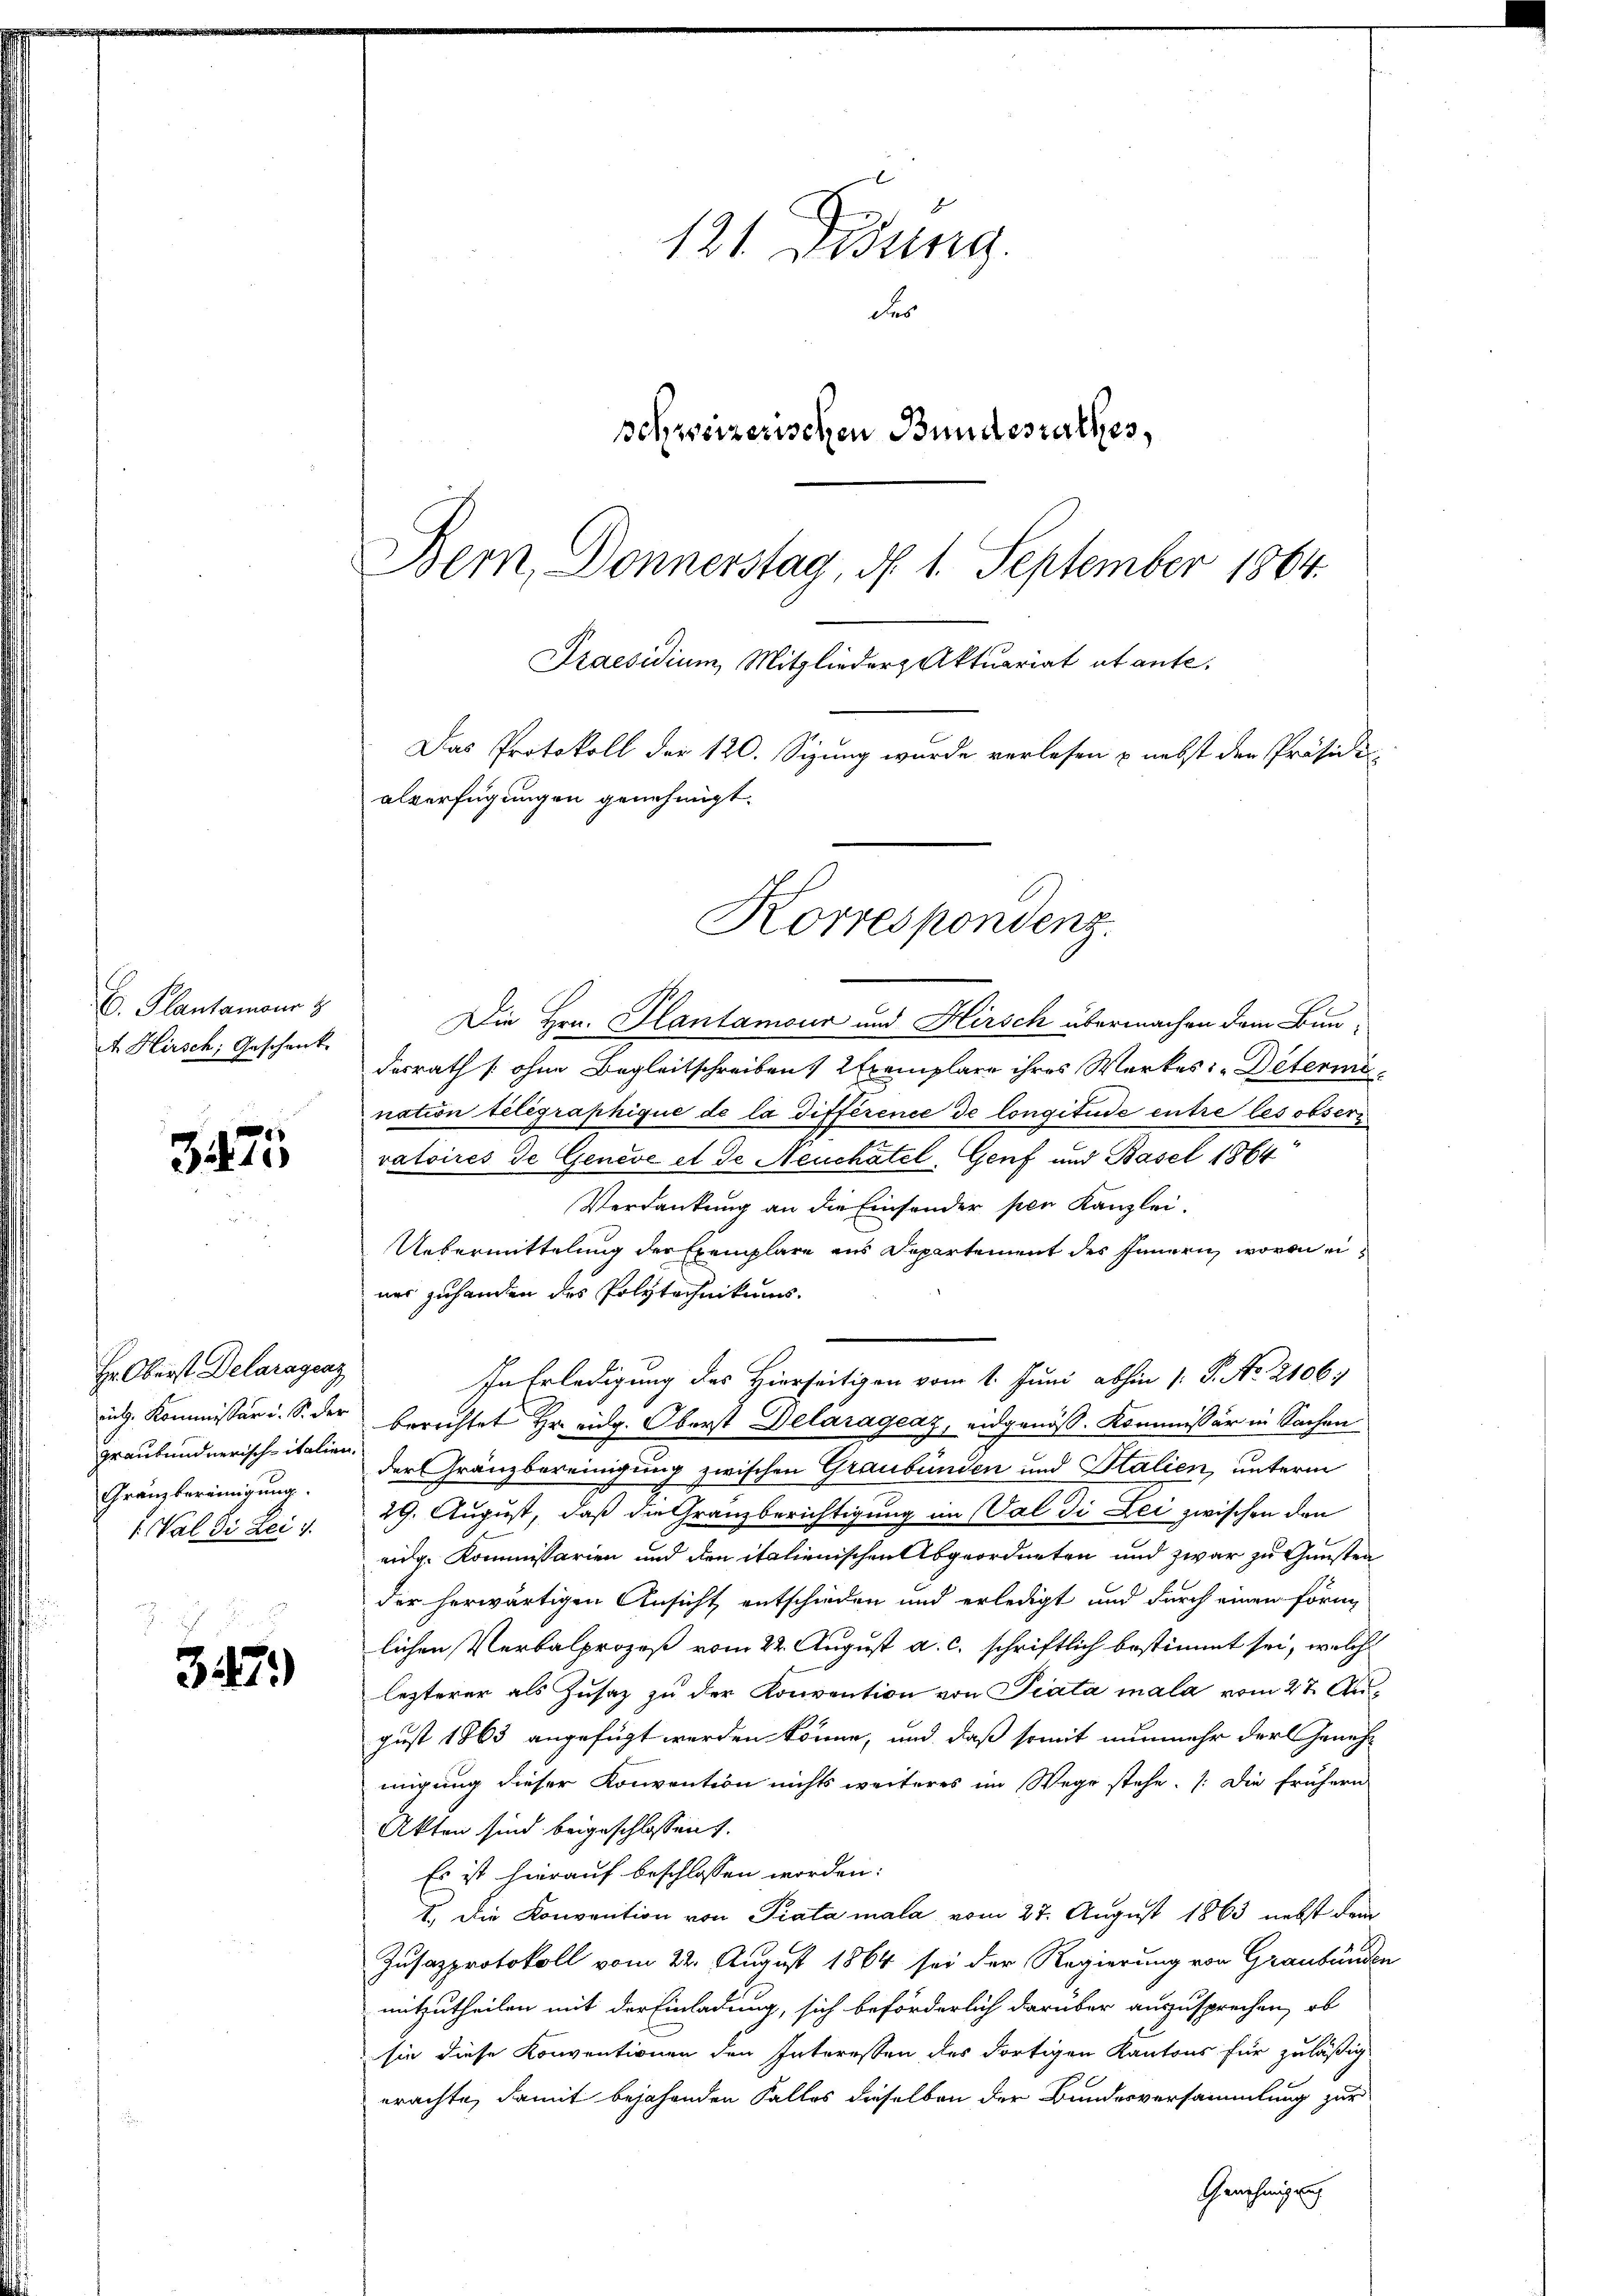
C. Plantamour
4. Hirsch, Geschenk.

3475

347)

Das Protokoll der 120. Sizung wurde verlesen & nebst der Präsiden
alverfügungen genehmigt.

Hr. Oberst Delaragenz
ing. Kommissär u. S. der
graubündnerisch-italien.
Gränzbereinigung.
Wal di Bei i

121. Disung.
de
schweizerischen Bundesrathes,
Bern, Donnerstag, d. 1. September 1864.
Praesidium Mitglieder Aktuariat et ante.

Die Hrn. Plantamour und Hirsch übermachen dem Bun-
desrath (ohne Begleitschreiben, 2 Exemplare ihres Werkes Peterini
nation telegraphique de la différence de longitude entre les obseri
vatoires de Geneve et de Neuchatel, Genf und Basel 1864
Verdankung an die Einsonder pen Kanzlei.
Uebermittelung der Exemplare aus Departement des Innern worin ei
ner zu handen des Polytechnikums-
In Erledigung des Hierseitigen vom 1. Juni abhin 1. P. No. 2106:
berichtet Hr. eidg. Oberst Delarágeaz, eidgenöß. Kommissär in Sachen
der Gränzbereinigung zwischen Graubünden und Stalien, unterm
29. August, daß die Granzberichtigung im Val di Lei zwischen den
eidg. Kommissarien und den italienischen Abgeordneten und zwar zu Gunsten
der herwärtigen Ansicht entschieden und erledigt und durch einen form
lichen Verbalprozeß vom 22. August a. c. schriftlich bestimmt sei, welche
lezterer als Zusatz zu der Konvention von Piata mala vom 27. August 1863 angefügt werden könne, und daß somit nunmehr der Genehmigung dieser Konvention nichts weiteres im Wege stehe. [Die frühern
Akten sind beigeschlossen.
Es ist hierauf beschlossen worden:
I. Die Konvention von Piata mala vom 27. August 1863 nebst dem
Zusazprotokoll vom 22. August 1864 sei der Regierung von Graubünden
mitzutheilen mit der Einladung, sich beförderlich darüber auszusprechen, ob
sie diese Konventionen den Interessen des dortigen Kantons für zuläßig
erachte, damit bejahenden Falles dieselben der Bundesversammlung zur
Genehmigung

Korrespondenz.